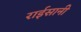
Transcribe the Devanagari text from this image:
राईसानी